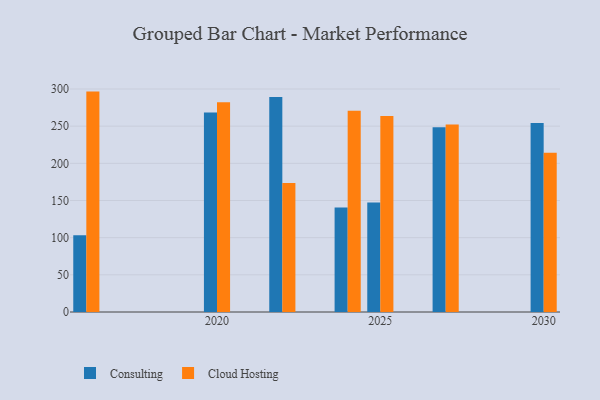
{"axis": {"x": "Year", "y": "Production Output"}, "legend": ["Cloud Hosting", "Consulting"], "data": [{"x": "2016", "y": 103.1, "type": "Consulting"}, {"x": "2016", "y": 296.5, "type": "Cloud Hosting"}, {"x": "2024", "y": 140.5, "type": "Consulting"}, {"x": "2024", "y": 270.7, "type": "Cloud Hosting"}, {"x": "2025", "y": 147.2, "type": "Consulting"}, {"x": "2025", "y": 263.8, "type": "Cloud Hosting"}, {"x": "2022", "y": 289.4, "type": "Consulting"}, {"x": "2022", "y": 173.6, "type": "Cloud Hosting"}, {"x": "2020", "y": 268.4, "type": "Consulting"}, {"x": "2020", "y": 282.3, "type": "Cloud Hosting"}, {"x": "2030", "y": 254.1, "type": "Consulting"}, {"x": "2030", "y": 214.1, "type": "Cloud Hosting"}, {"x": "2027", "y": 248.6, "type": "Consulting"}, {"x": "2027", "y": 252.2, "type": "Cloud Hosting"}]}